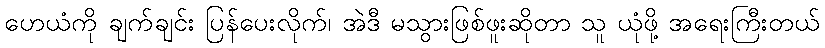
ဟေယံကို ချက်ချင်း ပြန်ပေးလိုက်၊ အဲဒီ မသွားဖြစ်ဖူးဆိုတာ သူ ယုံဖို့ အရေးကြီးတယ်